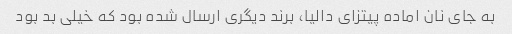
به جای نان اماده پیتزای دالیا، برند دیگری ارسال شده بود که خیلی بد بود